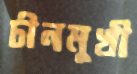
চীনমুখী